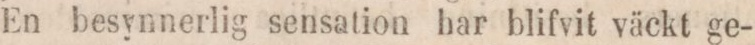
En besynnerlig sensation har blifvit väckt ge-